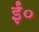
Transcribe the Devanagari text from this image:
ईं०